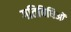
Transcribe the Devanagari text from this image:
गतिविधिओं